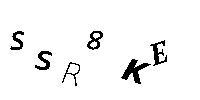
SSR8KE